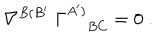
\nabla ^ { B ( B ^ { \prime } } \; \Gamma _ { \; B C } ^ { A ^ { \prime } ) } = 0 \; .